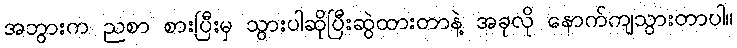
အဘွားက ညစာ စားပြီးမှ သွားပါဆိုပြီးဆွဲထားတာနဲ့ အခုလို နောက်ကျသွားတာပါ။